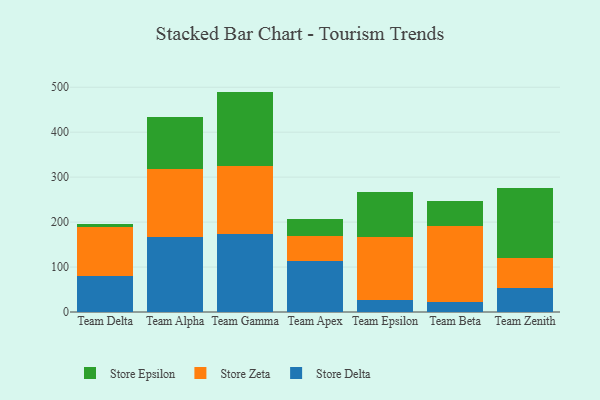
{"axis": {"x": "Team", "y": "Customer Acquisition Cost (USD)"}, "legend": ["Store Delta", "Store Epsilon", "Store Zeta"], "data": [{"x": "Team Delta", "y": 79.3, "type": "Store Delta"}, {"x": "Team Delta", "y": 109.7, "type": "Store Zeta"}, {"x": "Team Delta", "y": 7.2, "type": "Store Epsilon"}, {"x": "Team Alpha", "y": 166.4, "type": "Store Delta"}, {"x": "Team Alpha", "y": 151.0, "type": "Store Zeta"}, {"x": "Team Alpha", "y": 115.4, "type": "Store Epsilon"}, {"x": "Team Gamma", "y": 173.1, "type": "Store Delta"}, {"x": "Team Gamma", "y": 150.6, "type": "Store Zeta"}, {"x": "Team Gamma", "y": 166.6, "type": "Store Epsilon"}, {"x": "Team Apex", "y": 113.2, "type": "Store Delta"}, {"x": "Team Apex", "y": 55.5, "type": "Store Zeta"}, {"x": "Team Apex", "y": 37.4, "type": "Store Epsilon"}, {"x": "Team Epsilon", "y": 27.5, "type": "Store Delta"}, {"x": "Team Epsilon", "y": 139.5, "type": "Store Zeta"}, {"x": "Team Epsilon", "y": 100.0, "type": "Store Epsilon"}, {"x": "Team Beta", "y": 22.5, "type": "Store Delta"}, {"x": "Team Beta", "y": 169.8, "type": "Store Zeta"}, {"x": "Team Beta", "y": 54.1, "type": "Store Epsilon"}, {"x": "Team Zenith", "y": 52.3, "type": "Store Delta"}, {"x": "Team Zenith", "y": 67.9, "type": "Store Zeta"}, {"x": "Team Zenith", "y": 156.0, "type": "Store Epsilon"}]}